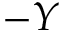
- Y